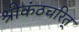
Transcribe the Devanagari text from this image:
श्रीकंठचरित्‌